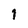
Character: 1